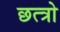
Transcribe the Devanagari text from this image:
छत्त्रो